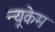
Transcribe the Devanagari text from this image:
न्यूकेम